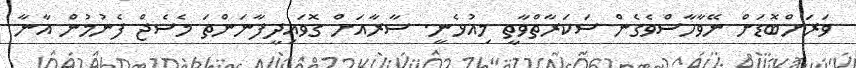
ވަރަށްބޮޑަށް ނޭވާހާސްވެގެން ސަކަރާތްވާތީ މިއުޅެނީ. ސާރާއަށް ގޮވައިދީފާނަންތަ މެސެޖް ފެނުމުން އާނާ